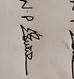
Signature authenticity: genuine